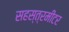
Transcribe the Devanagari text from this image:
सहस्त्रमीटर